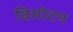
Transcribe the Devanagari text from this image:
बिमोटन